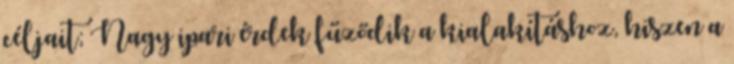
céljait; Nagy ipari érdek fűződik a kialakításhoz, hiszen a